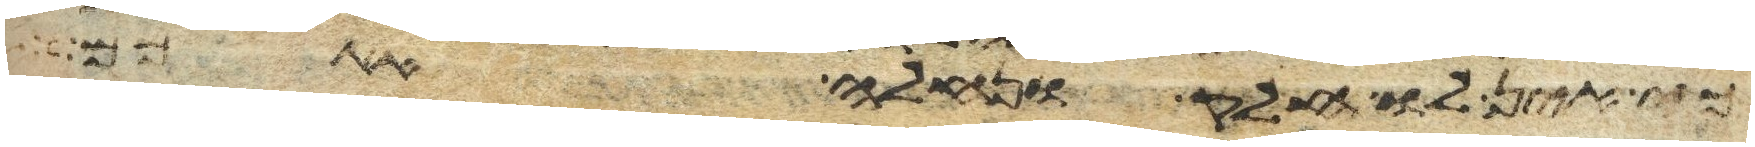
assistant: כי אין לו חלק ונחלה אתכם